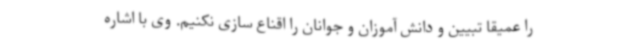
را عمیقا تبیین و دانش آموزان و جوانان را اقناع سازی نکنیم. وی با اشاره